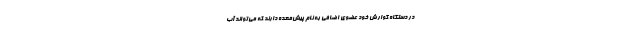
در دستگاه گوارش خود عضوی اضافی به نام پیش‌معده دارند که می‌تواند آب